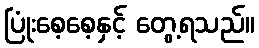
ပြုံးစေ့စေ့နှင့် တွေ့ရသည်။